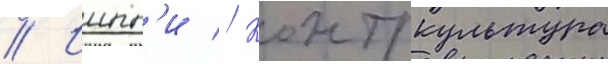
// Иипп'и // Контркультура